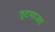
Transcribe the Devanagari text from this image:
तुटणाऱ्या